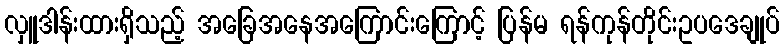
လှူဒါန်းထားရှိသည့် အခြေအနေအကြောင်းကြောင့် ပြန်မ ရန်ကုန်တိုင်းဥပဒေချုပ်